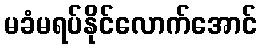
မခံမရပ်နိုင်လောက်အောင်